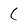
Character: C